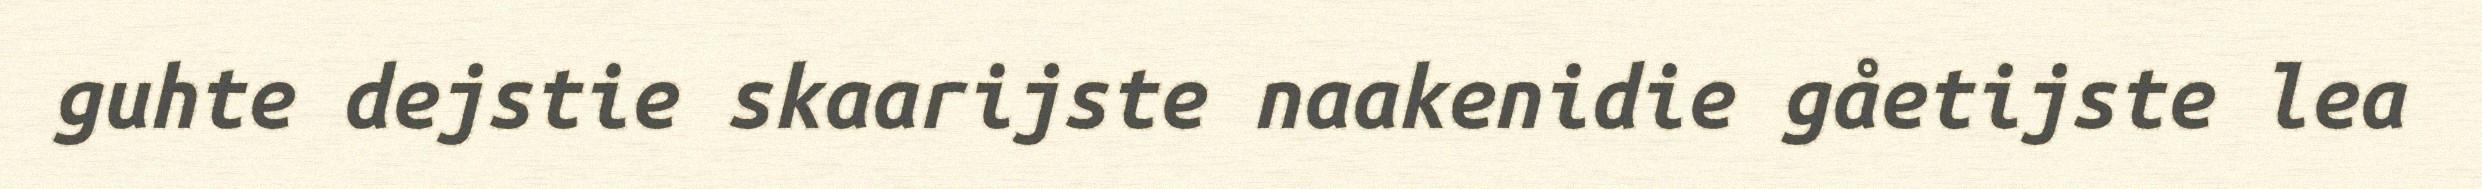
guhte dejstie skaarijste naakenidie gåetijste lea